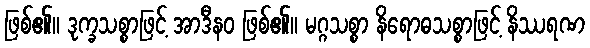
ဖြစ်၏။ ဒုက္ခသစ္စာဖြင့် အာဒီနဝ ဖြစ်၏။ မဂ္ဂသစ္စာ နိရောဓသစ္စာဖြင့် နိဿရဏ